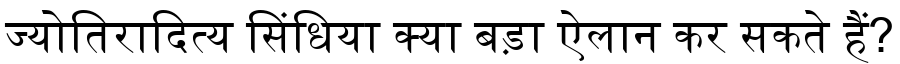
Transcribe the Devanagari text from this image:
ज्योतिरादित्य सिंधिया क्या बड़ा ऐलान कर सकते हैं?